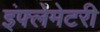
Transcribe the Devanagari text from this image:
इंफ्लेमेटरी